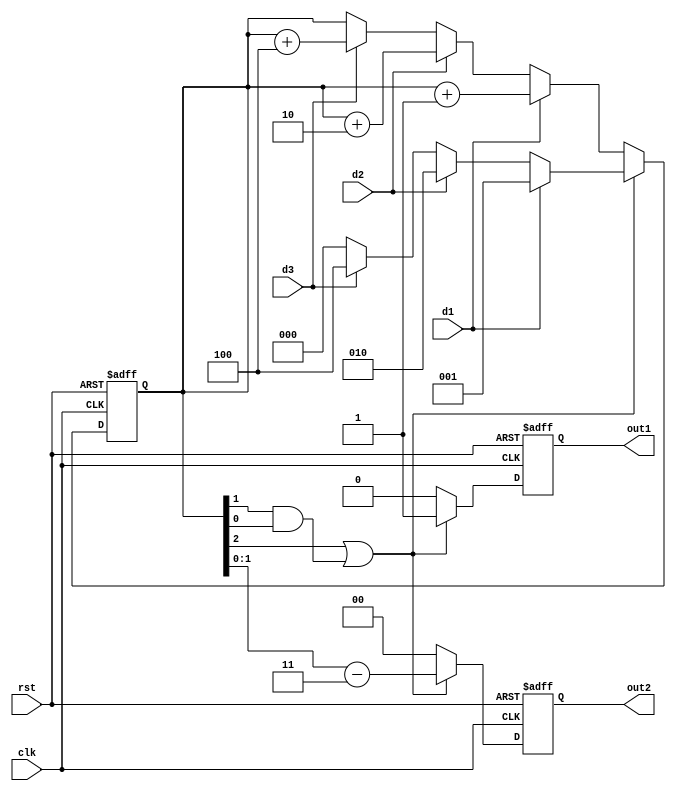
// ======================================================================
// Copyright (c) 2022-2023 All rights reserved
// ======================================================================
// Affiliation  : Tsinghua Univ & NeuraMatrix
// Revise Date  : 2023-01-16
// Description  : VL38 on nowcoder
// ======================================================================

`timescale 1ns/1ns

module seller1 (
  input  wire       clk,
  input  wire       rst,
  input  wire       d1,
  input  wire       d2,
  input  wire       d3,
  output wire       out1,
  output wire [1:0] out2
);

reg [2:0] money_in;
reg [2:0] money_out;
wire      money_enough;
reg       drink_out;

assign money_enough = money_in[2] | (money_in[1] & money_in[0]);
assign out1         = drink_out;
assign out2         = money_out[1:0];

always @(posedge clk or negedge rst) begin
  if (~rst) begin
    money_in <= 3'd0;
  end
  else begin
    if (money_enough) begin
      if (d1) begin
        money_in <= 3'd1;
      end
      else if (d2) begin
        money_in <= 3'd2;
      end
      else if (d3) begin
        money_in <= 3'd4;
      end
      else begin
        money_in <= 3'd0;
      end
    end
    else begin
      if (d1) begin
        money_in <= money_in + 3'd1;
      end
      else if (d2) begin
        money_in <= money_in + 3'd2;
      end
      else if (d3) begin
        money_in <= money_in + 3'd4;
      end
    end
  end
end

always @(posedge clk or negedge rst) begin
  if (~rst) begin
    drink_out <= 1'b0;
    money_out <= 2'd0;
  end
  else begin
    if (money_enough) begin
      drink_out <= 1'b1;
      money_out <= money_in - 3'd3;
    end
    else begin
      drink_out <= 1'b0;
      money_out <= 3'd0;
    end
  end
end

endmodule